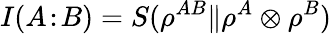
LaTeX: I(A\! :\! B)=S(\rho^{AB}\| \rho^{A}\otimes\rho^{B})